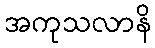
အကုသလာနိ